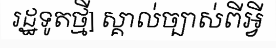
រដ្ឋទូតថ្មី] ស្គាល់ច្បាស់ពីអ្វី